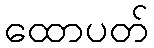
ထောပတ်